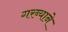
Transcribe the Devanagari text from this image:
गरब्याने